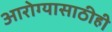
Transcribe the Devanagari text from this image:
आरोग्यासाठीही